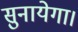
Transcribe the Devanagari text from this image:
सुनायेगा।